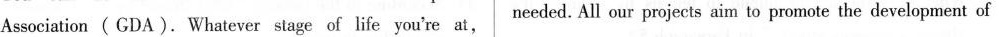
Association ( GDA). Whatever stage of life you're at, needed. All our projects aim to promote the development of